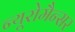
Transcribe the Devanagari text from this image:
न्यूरोमैन्सर